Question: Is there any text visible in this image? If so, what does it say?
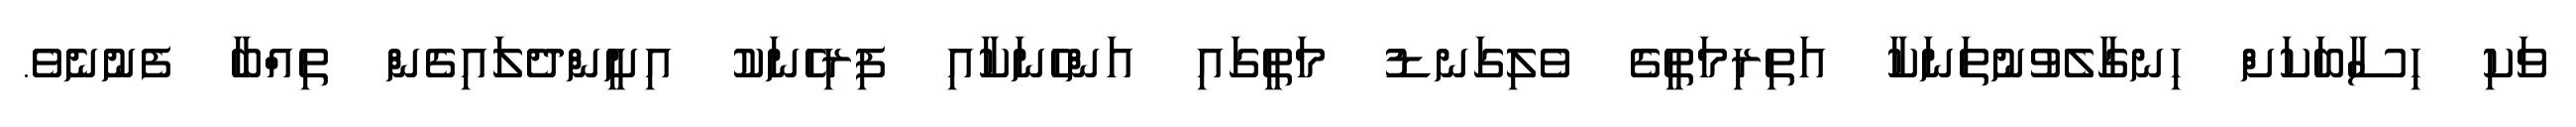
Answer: ވަކި ހިސާބަކަށް ހިނގާލެވުނުތަނަކާ އަތިރިމަތީގެ ވެލިގަނޑު މަތީގައި އަންހެނަކާއި ފިރިހެނަކު އިށީންދެލައިގެން ތިއްބާ ފެނުނެވެ.